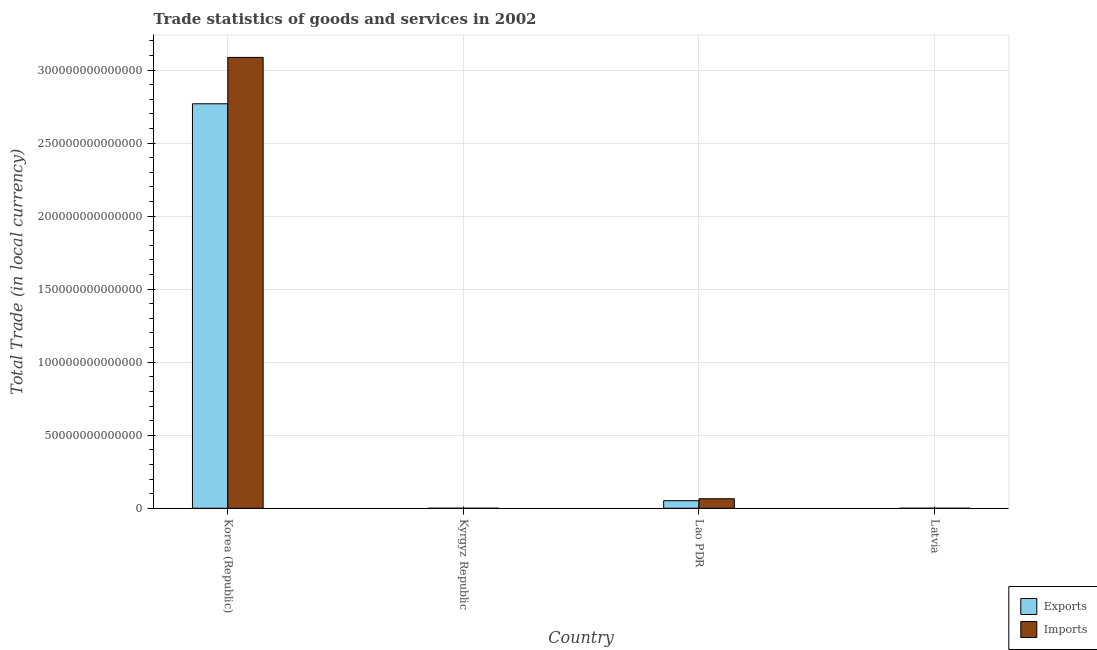
| Country | Exports | Imports |
 | --- | --- | --- |
 | Korea (Republic) | 2.77e+14 | 3.09e+14 |
 | Kyrgyz Republic | 5.81e+09 | 5.51e+09 |
 | Lao PDR | 5.2e+12 | 6.52e+12 |
 | Latvia | 5.33e+09 | 6.4e+09 |